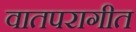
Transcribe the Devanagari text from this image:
वातपरागीत